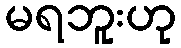
မရဘူးဟု